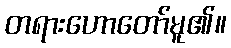
တရားဟောတော်မူ၏။